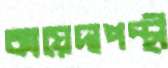
কায়েদাপন্থী